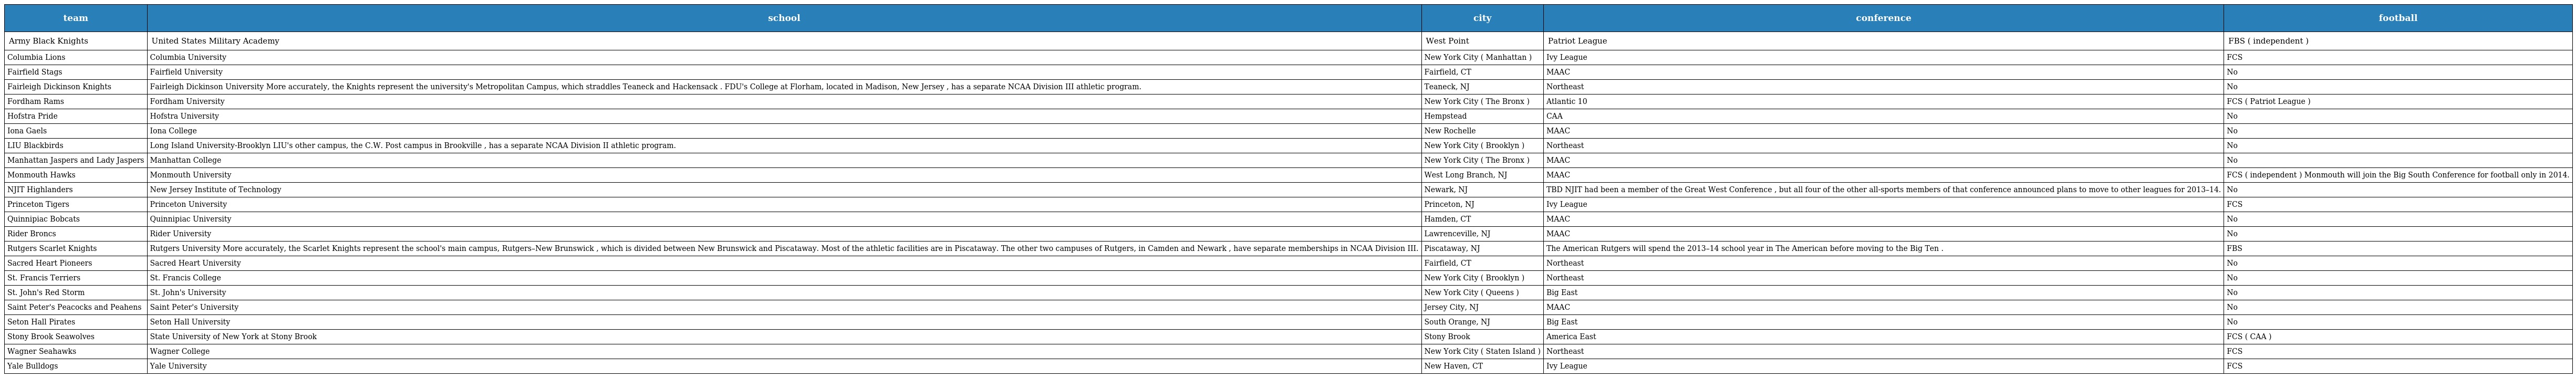
| team | school | city | conference | football |
 | --- | --- | --- | --- | --- |
 | Army Black Knights | United States Military Academy | West Point | Patriot League | FBS ( independent ) |
 | Columbia Lions | Columbia University | New York City ( Manhattan ) | Ivy League | FCS |
 | Fairfield Stags | Fairfield University | Fairfield, CT | MAAC | No |
 | Fairleigh Dickinson Knights | Fairleigh Dickinson University More accurately, the Knights represent the university's Metropolitan Campus, which straddles Teaneck and Hackensack . FDU's College at Florham, located in Madison, New Jersey , has a separate NCAA Division III athletic program. | Teaneck, NJ | Northeast | No |
 | Fordham Rams | Fordham University | New York City ( The Bronx ) | Atlantic 10 | FCS ( Patriot League ) |
 | Hofstra Pride | Hofstra University | Hempstead | CAA | No |
 | Iona Gaels | Iona College | New Rochelle | MAAC | No |
 | LIU Blackbirds | Long Island University-Brooklyn LIU's other campus, the C.W. Post campus in Brookville , has a separate NCAA Division II athletic program. | New York City ( Brooklyn ) | Northeast | No |
 | Manhattan Jaspers and Lady Jaspers | Manhattan College | New York City ( The Bronx ) | MAAC | No |
 | Monmouth Hawks | Monmouth University | West Long Branch, NJ | MAAC | FCS ( independent ) Monmouth will join the Big South Conference for football only in 2014. |
 | NJIT Highlanders | New Jersey Institute of Technology | Newark, NJ | TBD NJIT had been a member of the Great West Conference , but all four of the other all-sports members of that conference announced plans to move to other leagues for 2013–14. | No |
 | Princeton Tigers | Princeton University | Princeton, NJ | Ivy League | FCS |
 | Quinnipiac Bobcats | Quinnipiac University | Hamden, CT | MAAC | No |
 | Rider Broncs | Rider University | Lawrenceville, NJ | MAAC | No |
 | Rutgers Scarlet Knights | Rutgers University More accurately, the Scarlet Knights represent the school's main campus, Rutgers–New Brunswick , which is divided between New Brunswick and Piscataway. Most of the athletic facilities are in Piscataway. The other two campuses of Rutgers, in Camden and Newark , have separate memberships in NCAA Division III. | Piscataway, NJ | The American Rutgers will spend the 2013–14 school year in The American before moving to the Big Ten . | FBS |
 | Sacred Heart Pioneers | Sacred Heart University | Fairfield, CT | Northeast | No |
 | St. Francis Terriers | St. Francis College | New York City ( Brooklyn ) | Northeast | No |
 | St. John's Red Storm | St. John's University | New York City ( Queens ) | Big East | No |
 | Saint Peter's Peacocks and Peahens | Saint Peter's University | Jersey City, NJ | MAAC | No |
 | Seton Hall Pirates | Seton Hall University | South Orange, NJ | Big East | No |
 | Stony Brook Seawolves | State University of New York at Stony Brook | Stony Brook | America East | FCS ( CAA ) |
 | Wagner Seahawks | Wagner College | New York City ( Staten Island ) | Northeast | FCS |
 | Yale Bulldogs | Yale University | New Haven, CT | Ivy League | FCS |